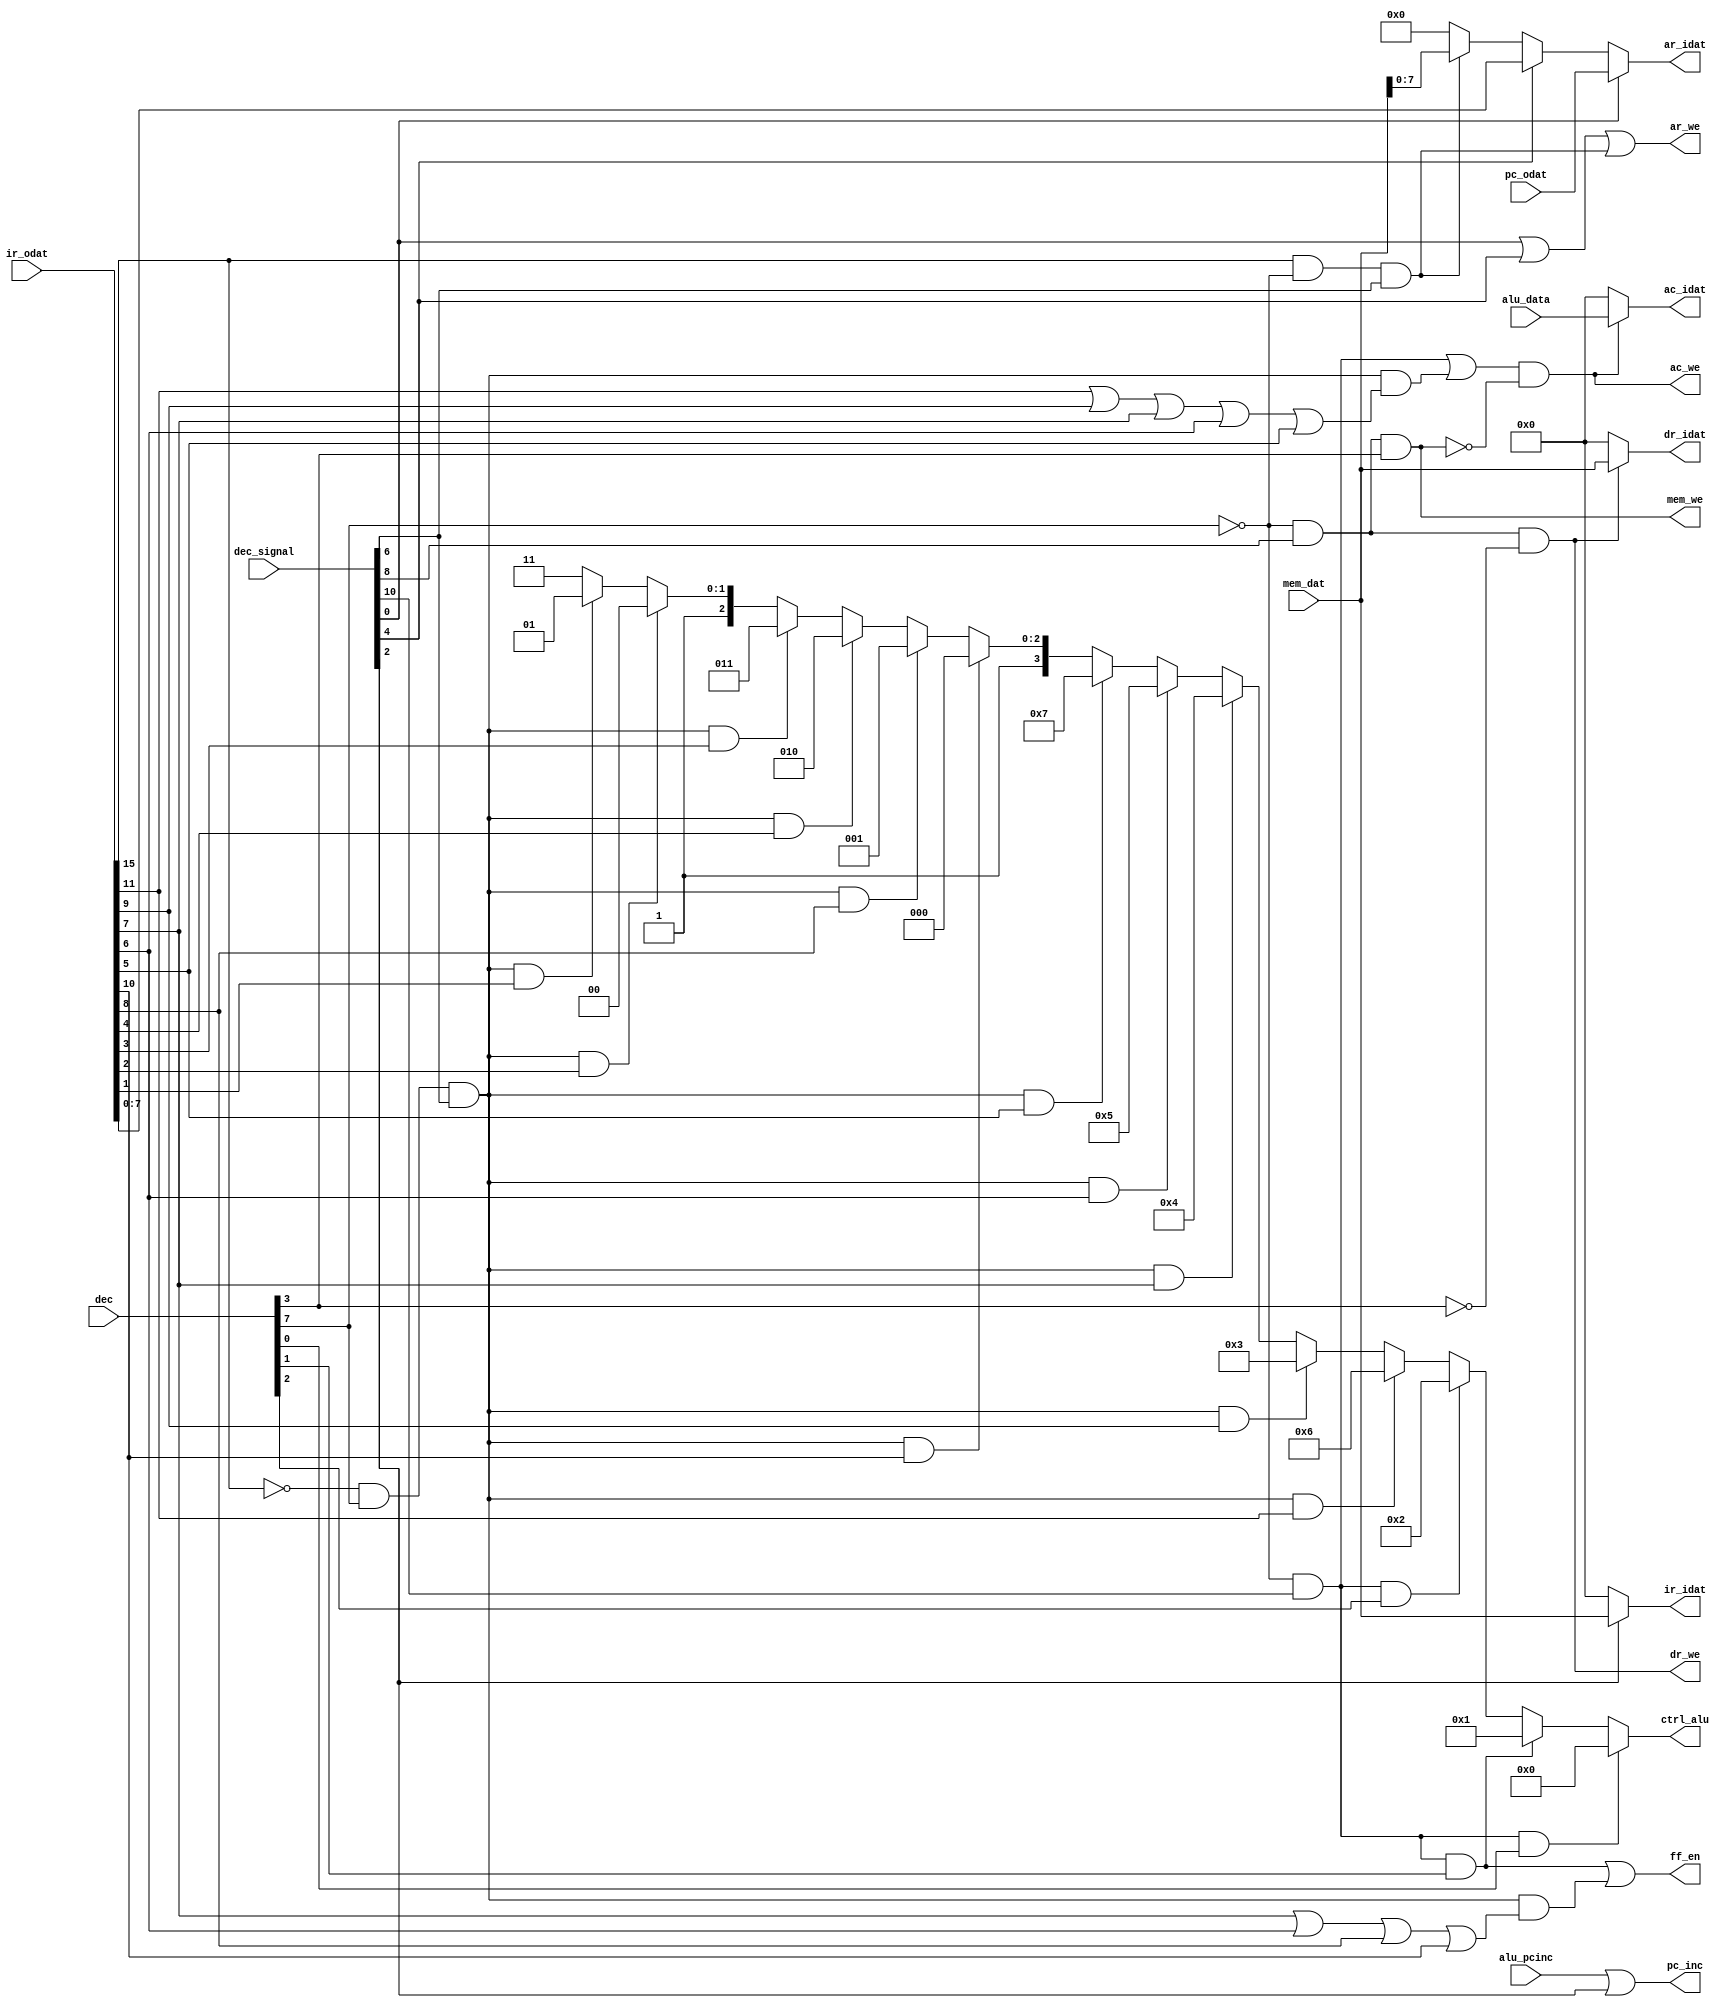
`timescale 1ns / 1ps
//////////////////////////////////////////////////////////////////////////////////
// Company: 
// 
// Design Name: 
// Module Name:    ctrl 
// Project Name: 
// Target Devices: 
// Tool versions: 
// Description: 
//
// Dependencies: 
//
// Revision: 
// Revision 0.01 - File Created
// Additional Comments: 
//
//////////////////////////////////////////////////////////////////////////////////
module ctrl(
			input alu_pcinc,
			input [7:0] pc_odat,
			input [15:0] mem_dat, alu_data, ir_odat,
			input [15:0] dec_signal,
			input [7:0] dec,
			output [3:0] ctrl_alu,
			output [7:0] ar_idat,
			output [15:0] ir_idat, dr_idat, ac_idat,
			output ar_we, dr_we, ac_we, pc_inc, ff_en, mem_we
		); 
		
		wire m_ref_ind = ir_odat[15] & (~dec[7]) & dec_signal[6];		//T3
		wire m_ref = (~dec[7]) & dec_signal[8];								//T4
		wire m_alu = (~dec[7]) & dec_signal[10];								//T5
		wire m_sta = m_ref & dec[3];
		
		wire r_ref = (~ir_odat[15]) & dec[7] & dec_signal[6];
		wire r_ac = r_ref & (ir_odat[11] | ir_odat[9] | ir_odat[7] | ir_odat[6] | ir_odat[5]);		//reg-ref AC enable
			
		assign ar_we = dec_signal[0] | dec_signal[4] | m_ref_ind;
		assign ar_idat = dec_signal[0] ? pc_odat : dec_signal[4] ? ir_odat[7:0] : m_ref_ind ? mem_dat[7:0] : 0;
		assign ir_idat = dec_signal[2] ? mem_dat : 0;	//data stable at t5 dec4
		
		assign dr_we = m_ref && (~dec[3]);
		assign dr_idat = dr_we ? mem_dat : 0;
		assign ac_we = (m_alu | r_ac) & (~m_sta);
		assign ac_idat = ac_we ? alu_data : 0;
		assign ctrl_alu = (m_alu && dec[0]) ? 4'b0000 :
								(m_alu && dec[1]) ? 4'b0001 :
								(m_alu && dec[2]) ? 4'b0010 : 
								(r_ref && ir_odat[11]) ? 4'b0110 :
								(r_ref && ir_odat[9]) ? 4'b0011 :
								(r_ref && ir_odat[7]) ? 4'b0100 :
								(r_ref && ir_odat[6]) ? 4'b0101 : 
								(r_ref && ir_odat[5]) ? 4'b0111 :
								(r_ref && ir_odat[10]) ? 4'b1000 : 
								(r_ref && ir_odat[8]) ? 4'b1001 : 
								(r_ref && ir_odat[4]) ? 4'b1010 :
								(r_ref && ir_odat[3]) ? 4'b1011 :
								(r_ref && ir_odat[2]) ? 4'b1100 :
								(r_ref && ir_odat[1]) ? 4'b1101 : 4'b1111;
		assign mem_we = m_sta;
		
		//E enable
		assign ff_en = (m_alu && dec[1]) | (r_ref && (ir_odat[7] | ir_odat[6] | ir_odat[8] | ir_odat[10]));
		
		//PC INC
		assign pc_inc = (alu_pcinc | dec_signal[2]);
			
endmodule